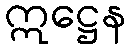
ဣဋ္ဌေန